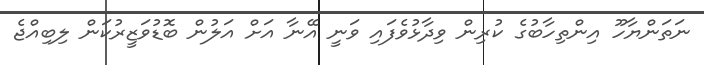
ނަތަންޔާހޫ އިންތިހާބުގެ ކުރިން ވިދާޅުވެފައި ވަނީ އޭނާ އަށް އަލުން ބޮޑުވަޒީރުކަން ލިބިއްޖެ